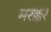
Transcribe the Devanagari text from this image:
मरक्कर